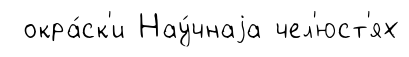
окра́ск'и Нау́чнаjа чел'юст'ях